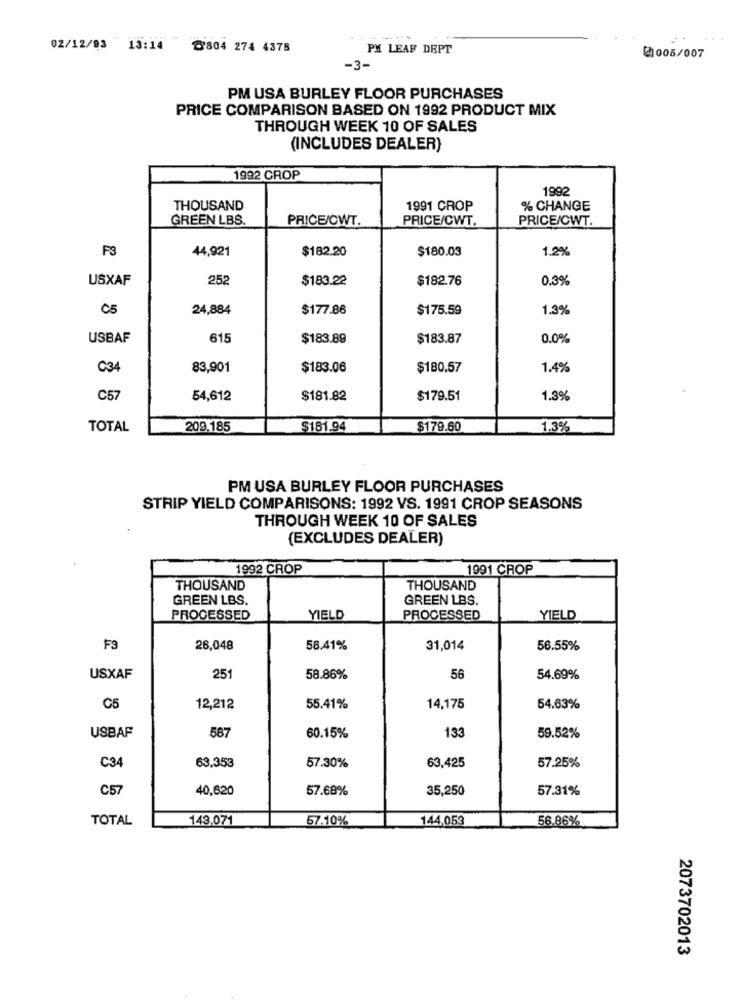
02/12/93 "13:14
8'804 274 4378
PM LEAF DEPT
₡1005/007
-3-
PM USA BURLEY FLOOR PURCHASES
PRICE COMPARISON BASED ON 1992 PRODUCT MIX
THROUGH WEEK 10 OF SALES
(INCLUDES DEALER)
1992 CROP
1992
THOUSAND
1991 CROP
% CHANGE
GREEN LBS.
PRICE/CWT.
PRICE/CWT.
PRICE/CWT.
F3
44,921
$182.20
$180.03
1.2%
USXAF
252
$183.22
$182.76
0.3%
C5
24,884
$177.86
$175.59
1.3%
USBAF
615
$183.89
$183.87
0.0%
C34
83,901
$183.06
$180.57
1.4%
C57
54,612
$181.82
$179.51
1.3%
TOTAL
209.185
$181.94
$179.60
1.3%
PM USA BURLEY FLOOR PURCHASES
STRIP YIELD COMPARISONS: 1992 VS. 1991 CROP SEASONS
THROUGH WEEK 10 OF SALES
(EXCLUDES DEALER)
1992 CROP
1991 CROP
THOUSAND
THOUSAND
GREEN LBS.
GREEN LBS.
PROCESSED
YIELD
PROCESSED
YIELD
F3
26,048
56.41%
31,014
56.55%
USXAF
251
58.86%
56
54.69%
C5
12,212
55.41%
14,175
54.63%
USBAF
587
133
59.52%
60.15%
63,353
57.30%
63,425
57.25%
C34
C57
40,620
57.68%
35,250
57.31%
TOTAL
143.071
57.10%
144,053
56.86%
2073702013